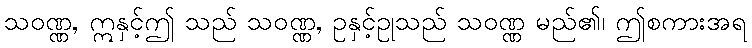
သဝဏ္ဏ, ဣနှင့်ဤ သည် သဝဏ္ဏ, ဥနှင့်ဥုသည် သဝဏ္ဏ မည်၏၊ ဤစကားအရ